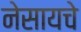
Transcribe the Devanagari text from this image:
नेसायचे